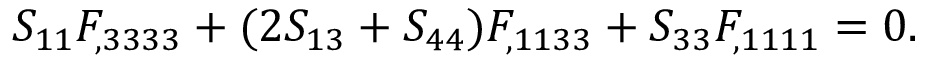
S _ { 1 1 } F _ { , 3 3 3 3 } + ( 2 S _ { 1 3 } + S _ { 4 4 } ) F _ { , 1 1 3 3 } + S _ { 3 3 } F _ { , 1 1 1 1 } = 0 .